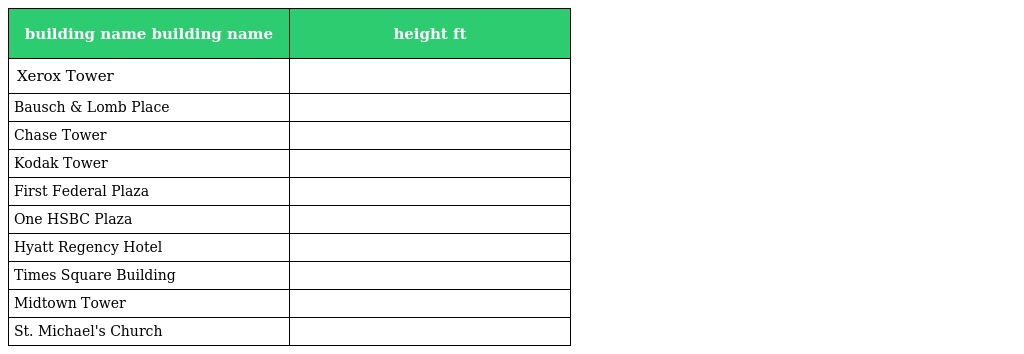
| building name building name | height ft |
 | --- | --- |
 | Xerox Tower |  |
 | Bausch & Lomb Place |  |
 | Chase Tower |  |
 | Kodak Tower |  |
 | First Federal Plaza |  |
 | One HSBC Plaza |  |
 | Hyatt Regency Hotel |  |
 | Times Square Building |  |
 | Midtown Tower |  |
 | St. Michael's Church |  |